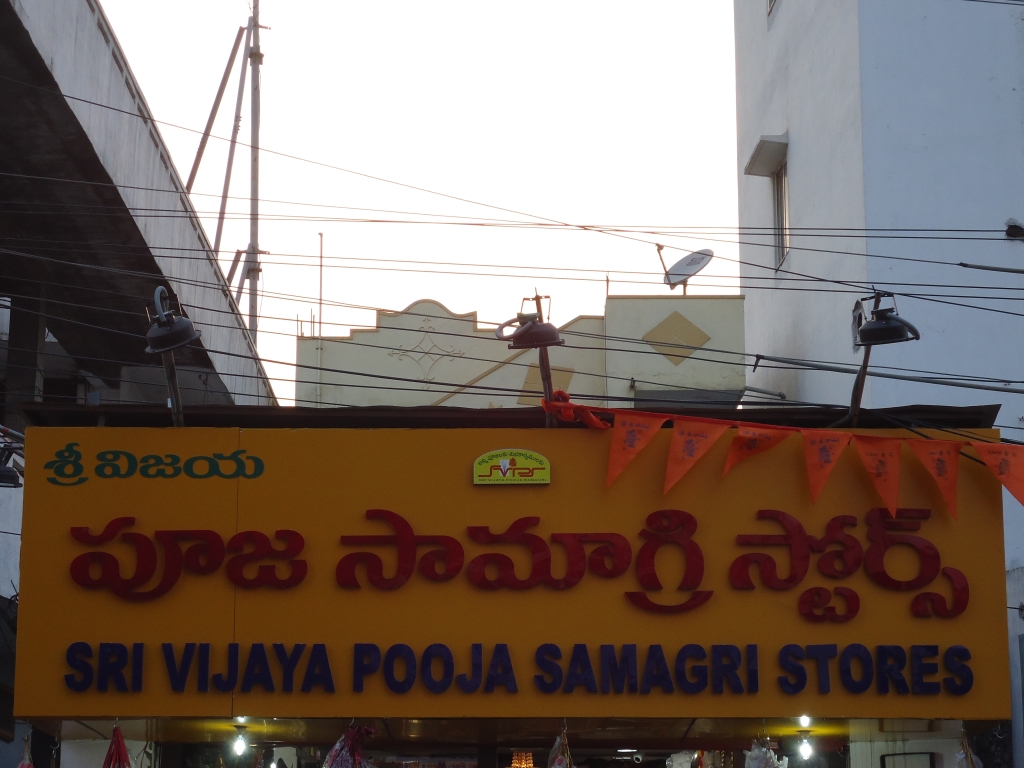
Language: telugu
Transcription: శ్రీ విజయ పూజ సామాగ్రి